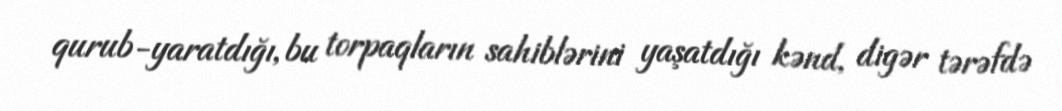
qurub-yaratdığı, bu torpaqların sahiblərini yaşatdığı kənd, digər tərəfdə